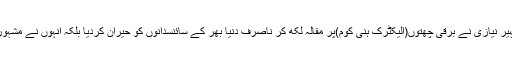
لاہور کے نجی اسکول میں اے لیول کے طالب علم شہیر نیازی نے برقی چھتوں(الیکٹرک ہنی کوم)پر مقالہ لکھ کر ناصرف دنیا بھر کے سائنسدانوں کو حیران کردیا بلکہ انہوں نے مشہور سائنسدان آئزک نیوٹن کو بھی پیچھے چھوڑ دیا ہے۔